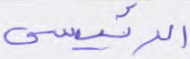
الرئيسي